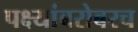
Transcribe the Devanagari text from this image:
पक्ष्यांबरोबरच